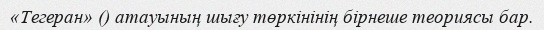
«Тегеран» () атауының шығу төркінінің бірнеше теориясы бар.